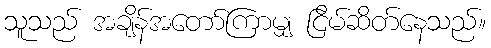
သူသည် အချိန်အတော်ကြာမျှ ငြိမ်ဆိတ်နေသည်။